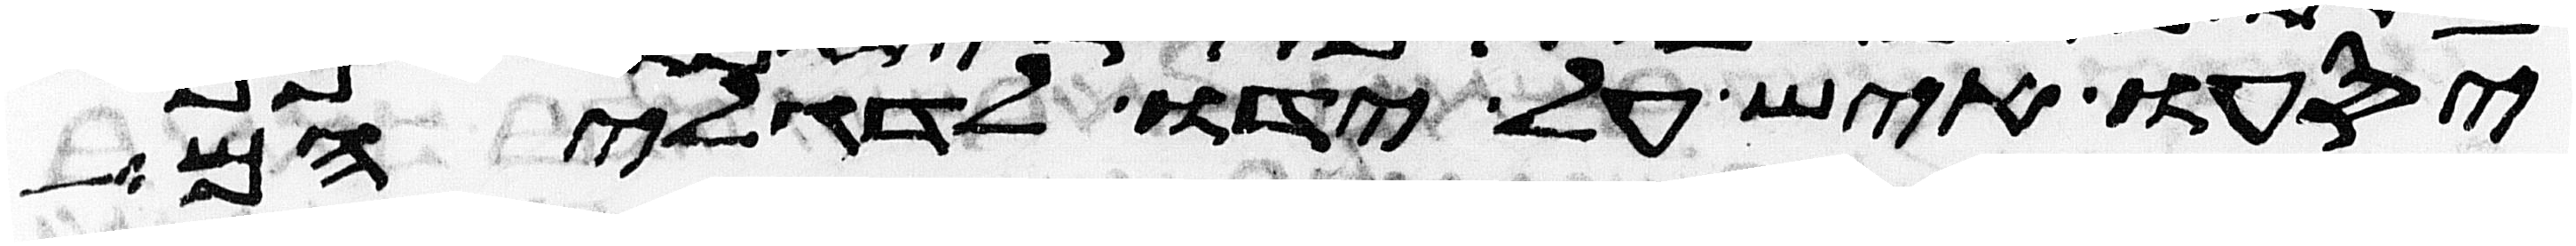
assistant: יסעו איש על ידו לדגליהם